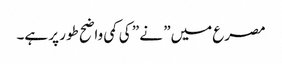
مصرع میں” نے ” کی کمی واضح طور پر ہے۔